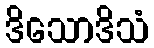
ဒိသောဒိသံ